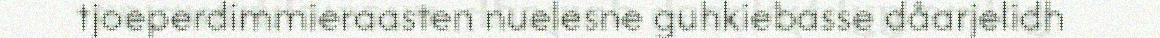
tjoeperdimmieraasten nuelesne guhkiebasse dåarjelidh